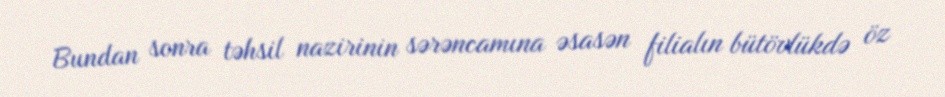
Bundan sonra təhsil nazirinin sərəncamına əsasən filialın bütövlükdə öz